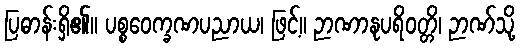
ပြဓာန်းရှိ၏။ ပစ္စဝေက္ခဏပညာယ၊ ဖြင့်။ ဉာဏာနုပရိဝတ္တိ၊ ဉာဏ်သို့